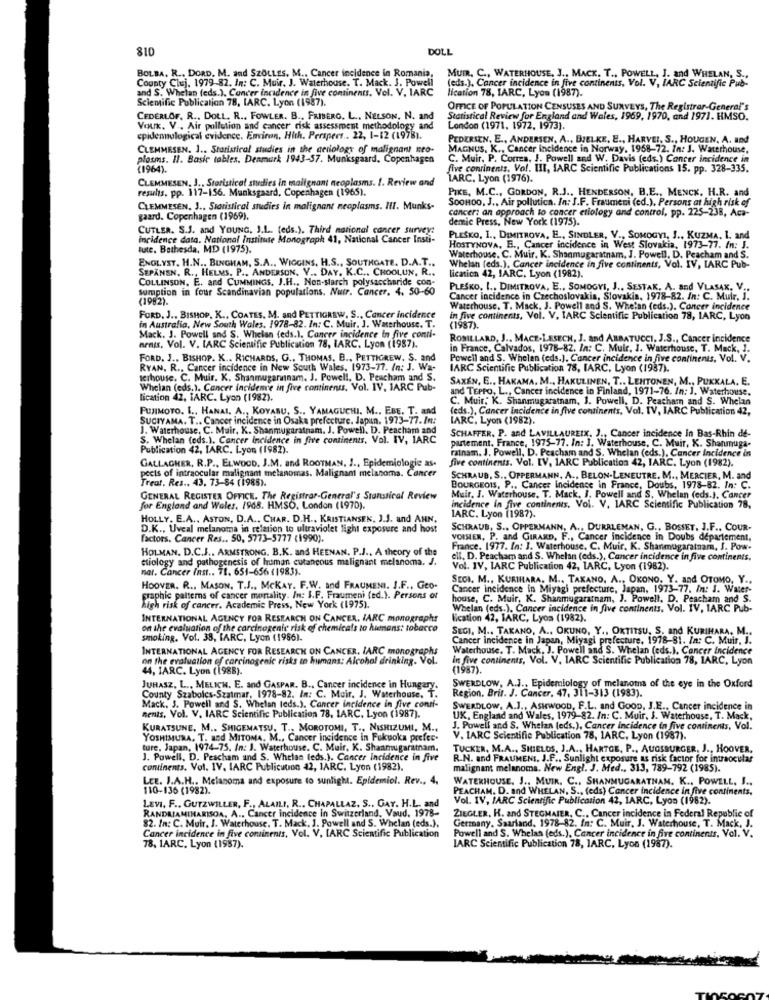
810
DOLL
BOLBA. R .. DORD. M. and SZOLLES. M ., Cancer incidence in Romania,
County Cluj. 1979-82. In: C. Muir. J. Waterhouse. T. Mack. J. Powell
MUIR. C ., WATERHOUSE, J ., MACK. T ., POWELL, J. and WHELAN, S ..
(eds.), Cancer incidence in five continents, Vol. V. IARC Scientific Pub-
and S. Whelan (eds.), Concer incidence in five continents. Vel. V. IARC
lication 78, IARC, Lyon (1987).
Scientific Publication 78, IARC. Lyon (1987).
OFFICE OF POPULATION CENSUSES AND SURVEYS, The Registrar-General's
CEDERLOF. R ., DOLL, R ., FOWLER. B ., FRIBERG. L ., NELSON, N. and
Statistical Review for England and Wales, 1969, 1970, and 1971. HMSO.
Vouk. V .. Air pollution and cancer risk assessment methodology and
London (1971. 1972, 1973).
cpidennological evidence. Environ, Hith. Perspers .. 22, 1-12 (1978).
PEDERSEN, E ., ANDERSEN, A ., BJELKE, E ., HARVEI. S ., HOUGEN. A. and
CLEMMESEN. 1 .. Statistical studies in the ceriology of malignant neo-
MAGNUS. K ., Cancer Incidence in Norway, 1968-72. In: J. Waterhouse,
plasms. 11. Basic tables, Denmark 1943-57. Munksgaard, Copenhagen
C. Muir, P. Correa, J. Powell and W. Davis (eds.) Cancer incidence in
(1964).
five continents, Vol. II, IARC Scientific Publications 15. pp. 328-335.
CLEMMESEN, J ., Storistical studies in mailgnant neoplasms. 1. Review and
IARC. Lyon (1976).
results. pp. 117-156. Munksgaard, Copenhagen (1965).
PIKE, M.C ., GORDON, R.J ., HENDERSON, B.E ., MENCK. H.R. and
SooHoo, J ., Air pollutica. In: J.F. Fraumeni (ed.). Persons at high risk of
CLEMMESEN, J ., Statistical studies in malignant neoplasms. III. Munks-
cancer: an approach to cancer etiology and control, pp. 225-238, Aca-
gaard. Copenhagen (1969).
demic Press, New York (1975).
CUTLER. S.J. and YOUNG, J.L .. (eds.). Third national cancer survey:
incidence data. National Institute Monograph 41, National Cancer Insti-
PLESKO, I ., DIMITROVA, E ., SINDLER, V ., SOMOGYI, J ., KUZMA. I. and
tute. Bethesda, MD (1975).
HOSTYNOVA, B ., Cancer incidence in West Slovakia, 1973-77. In: J.
ENOLYST. H.N ., BINGHAM, S.A ., WIGGINS, H.S ., SOUTHGATE. D.A.T .,
Waterhouse. C. Muir. K. Shanmugaratnam. J. Powell, D. Peacham and S.
SEPANEN. R ., HELMS. P ., ANDERSON, V .. DAY. K.C ., CHOOLUN, R ..
Whelan (eds.), Cancer incidence in five continents, Vol. IV, IARC Pub-
COLLINSON, E .. and CUMMINGS. J.H ., Non-starch polysaccharide con-
lication 42, IARC, Lyon (1982).
sumption in four Scandinavian populations. Nutr. Cancer. 4. 50-60
PLESKO. I ., DIMITROVA, E ., SOMOGYI, J ., SESTAK. A. and VLASAK, V ..
(1982).
Cancer incidence in Czechoslovakia, Slovakia, 1978-82. In: C. Mulr. J.
Waterhouse, T. Mack, J. Powell and S. Whelan (eds.). Concer incidence
FORD, J ., BISHOP, K ., COATES, M. and PETTIGREW. S ., Cancer incidence
in five continents, Vol. V, IARC Scientific Publication 78, IARC, Lyon
in Australia, New South Wales, 1978-82. In: C. Muir, J. Waterhouse. T.
(1987).
Mack. J. Powell and S. Whelan (eds.). Cancer incidence in five conti-
ROBILLARD, J .. MACE-LESECH, J. and ABBATUCCI, J.S ., Cancer incidence
nenis, Vol. V. IARC Scientific Publication 78, IARC. Lyon (1987).
in France, Calvados, 1978-82. In: C. Mulr. J. Waterhouse, T. Mack, I.
FORD. J ., BISHOP. K .. RICHARDS, G ., THOMAS, B ., PETTIGREW. S. and
Powell and S. Whelan (eds.). Cancer incidence in five continents, Vol. V.
RYAN. R ., Cancer incidence in New South Wales, 1973-77. In: J. Wa-
IARC Scientific Publication 78, IARC. Lyon (1937).
werhouse. C. Muir. K. Shanmugarnam. J. Powell, D. Peacham and S.
SAXEN, E ., HAKAMA, M ., HAKULINEN, T .. LEHTONEN, M ., PUKKALA. E.
Whelan (eds.). Cancer incidence in five continents, Vol. IV, IARC Pub-
and TEPPO, L ., Cancer incidence in Finland, 1971-76. In: J. Waterhouse.
lication 42, IARC. Lyon (1982).
C. Muir; K. Shanmugaratnam, 1. Powell, D. Peacham and S. Whelan
PUJIMOTO. I .. HANAL, A ., KOYABU, S ., YAMAGUCHI. M ., EBE. T. and
(eds.), Cancer incidence in five continents, Vol. IV, IARC Publication 42,
SUGIYAMA. T .. Cancer incidence in Osaka prefecture. Japun. 1973-77. In:
IARC, Lyon (1982).
J. Waterhouse, C. Muir, K. Shanmugaratnam. J. Powell. D. Peacham and
SCHAFFER. P. and LAVIL
S. Whelan (eds.). Cancer incidence in five continents, Vol. IV, IARC
partement, France, 1975-77. In: J. Waterhouse, C. Muir, K. Shanmuga-
LAUREIK. J ., Cancer incidence In Bas-Rhin de-
Publication 42, IARC. Lyon (1982).
ratnam. J. Powell, D. Peacham and S. Whelan (eds.), Cancer Incidence in
GALLAGHER, R.P ., ELWOOD, J.M. and ROOTMAN, J ., Epidemiologie as.
five continents. Vol. IV, 1ARC Publication 42, IARC. Lyon (1982).
pects of intraocular malignant melanomas. Malignant melanoma. Cancer
Treat. Res .. 43. 73-84 (1985).
SCHRAUB, S ., OPPERMANN, A ., BELON-LENEUTRE. M ., MERCIER, M. and
BOURGEOIS, P ., Cancer incidence in France, Doubs, 1978-82. In: C.
GENERAL REGISTER OFFICE. The Registrar-General's Stanstical Review
Muir. I. Waterhouse. T. Mack, I. Powell and S. Whelan (eds.). Cancer
for England and Wales. 1968. HMSO, London (1970).
incidence in five continents, Vol. V. 1ARC Scientific Publication 78,
HOLLY. E.A ., ASTON, D.A ., CHAR. D.H ., KRISTIANSEN, J.J. and ANN.
IARC. Lyon (1987).
D.K ., Uveal melanoma in relation to ultraviolet light exposure and host
SCHRAUB, S ., OPPERMANN, A ., DURRLEMAN, G ., BOSSET, J.F ., COUR-
factors. Cancer Res .. 50, 5773-5777 (1990).
VOISIER, P. and GIRARD, F ., Cancer incidence in Doubs departement.
HOLMAN. D.C.J .. ARMSTRONG. B.K. and HEENAN. P.J .. A theory of the
France. 1977. In: J. Waterhouse. C. Muir, K. Shanmugaratnam, J. Pow-
etiology and pathogenesis of human cutaneous malignant melanoma. J.
ell. D. Peacham and S. Whelan (eds.), Cancer incidence in five continents.
nat. Cancer Inst .. 71. 651-656 (1983).
Vol. IV, IARC Publication 42, IARC. Lyon (1982).
SEOI. M ., KURIHARA. M ., TAKANO. A ., OKONO. Y. and OTOMO, Y ..
HOOVER. R ., MASON, T.J ., MCKAY. F.W. and FRAUMENI. J.F ., Geo-
Cancer Incidence in Miyagi prefecture, Japan, 1973-77. In: J. Water-
graphic patterns of cancer mortality. In: I.F. Fraumeni (ed.). Persons or
house, C. Muir, K. Shanmugaratnam, J. Powell, D. Peacham and S.
high risk of cancer. Academic Press, New York (1975).
Whelan (eds.). Cancer incidence in five continents, Vol. IV, IARC Pub-
INTERNATIONAL AGENCY FOR RESEARCH ON CANCER, IARC monographs
lication 42, IARC, Lyos (1982).
on the evaluation of the carcinogenic risk of chemicals to humans: tobacco
SECI, M .. TAKANO, A ., OKUNO, Y ., OKTITSU. S. and KURIHARA. M ..
smoking, Vol. 38, IARC, Lyon (1966).
Cancer Incidence in Japan, Miyagi prefecture, 1978-81. In: C. Muir, J.
INTERNATIONAL AGENCY FOR RESEARCH ON CANCER, IARC monographs
Waterhouse. T. Mack, J. Powell and S. Whelan (eds.). Cancer incidence
on the evaluation of carcinogenic risks to humans: Alcohol drinking. Vol.
in five continents, Vol. V. IARC Scientific Publication 78, 1ARC, Lyon
44, IARC. Lyon (1988).
(1987).
JUHASZ, L ., MELICH. E. and GASPAR. B ., Cancer incidence in Hungary.
SWERDLOW, A.J ., Epidemiology of melanoma of the eye in the Oxford
Region. Brit. J. Cancer. 47, 311-313 (1983).
County Szabolcs-Szatmar, 1978-82. In: C. Muir. J. Waterhouse. T.
Mack, 3. Powell and S. Whelan teds.). Cancer incidence in five conti-
SWERDLOW, A.J ., ASHWOOD, F.L. and Goon, J.E ., Cancer incidence in
nents, Vol. V. IARC Scientific Publication 78, 1ARC, Lyon (1987).
UK, England and Wales, 1979-82. In: C. Muir, J. Waterhouse, T. Mack,
KURATSUNE. M .. SHIGEMATSU. T ., MOROTOMI. T ., NISHIZUMI, M ..
J. Powell and S. Whelan (eds.), Cancer incidence in five continents, Vol.
YOSHIMURA. T. and MITOMA. M ., Cancer incidence in Fukuoka prefer.
V. IARC Scientific Publication 78, 1ARC, Lyon (1987).
ture, Japan, 1974-75. In: J. Waterhouse. C. Muir, K. Shaamugaramam.
TUCKER, M.A ., SHIELDS, J.A ., HARTGE, P ., AUGSBURGER, J ., HOOVER.
J. Powell, D. Pescham and S. Whelan (eds.). Cancer Incidence in five
R.N. and FRAUMENS. J.F ., Sunlight exposure as risk factor for intraocular
continents. Vol. IV. IARC Publication 42, IARC. Lyon (1982).
malignant melanoma. New Engl. J. Med ., 313, 789-792 (1985).
LEE. J.A.H ., Melanoma and exposure to sunlight. Epidemiol. Rev .. 4.
WATERHOUSE. J ., MUIR. C ., SHANMUGARATNAM. K ., POWELL, I ..
110-136 (1982).
PEACHAM. D. and WHELAN, S ., (eds) Cancer incidence in five continents.
Vol. IV, IARC Scientific Publication 42, IARC, Lyon (1982).
LEVI. F ., GUTZWILLER, F ., ALAILI, R .. CHAPALLAZ, S .. GAY. H.L. and
ZIEGLER, H. and STEGMAIER, C .. Cancer incidence in Federal Republic of
82. In: C. Muir. J. Waterhouse. T. Mack. J. Powell and S. Whelan (eds.).
RANDRIAMIHARISOA, A .. Can
A .. Cancer incidence in Switzerland, Vaud, 1978-
Cancer incidence in five continents, Vol. V. LARC Scientific Publication
Germany, Saarland, 1978-82. In: C. Muir, J. Waterhouse, T. Mack, J.
Powell and S. Whelan (eds.), Cancer incidence in five continents, Vol. V.
78, 1ARC. Lyon (1987).
IARC Scientific Publication 78, 1ARC, Lyon (1987).